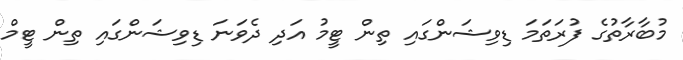
މުބާރާތުގެ ފުރަތަމަ ޑިވިޝަންގައި ތިން ޓީމު އަދި ދެވަނަ ޑިވިޝަންގައި ތިން ޓީމް